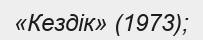
«Кездік» (1973);